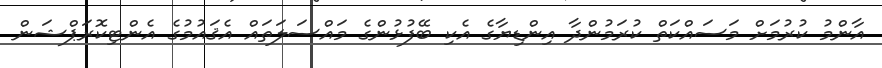
އާންމު ކުރުމަށް މަސައްކަތް ކުރަމުންދާ އިންޑިޔާގެ އެކި ބޭފުޅުންގެ މައްސަލަތައް އެޤައުމުގެ އެންޓިކޮރަޕްޝަން